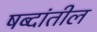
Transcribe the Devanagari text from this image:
षब्दांतील